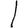
Digit: 1